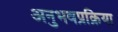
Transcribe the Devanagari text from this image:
अनुभवप्रक्रिया